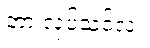
ဘာ လုပ်သင့်လဲ။